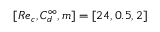
[ R e _ { c } , C _ { d } ^ { \infty } , m ] = [ 2 4 , 0 . 5 , 2 ]